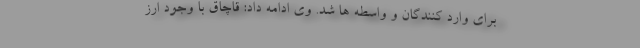
برای وارد کنندگان و واسطه ها شد. وی ادامه داد: قاچاق با وجود ارز